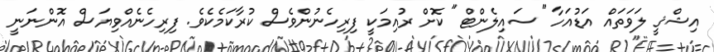
އިޝްޤީ ލަވަތައް އަޑުއަހާ "ސައިލެންޓް" ކޮށް ރުއިމަކީ ފިރިހެނުންވެސް ކުރާކަމެކެވެ. ފިރިހެނެއްވިޔަސް އޮންނަނީ